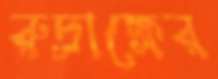
রুদ্রাক্ষের